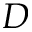
D